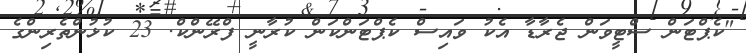
"ކެޕްޓަން ސްޓީވަން ޖެރާޑާ އެކު ވައިސް ކެޕްޓަންކަން ކުރާނީ ފްރޭންކް. 23 ކުޅުންތެރިންގެ